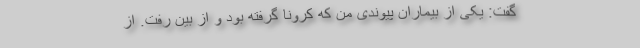
گفت: یکی از بیماران پیوندی من که کرونا گرفته بود و از بین رفت. از